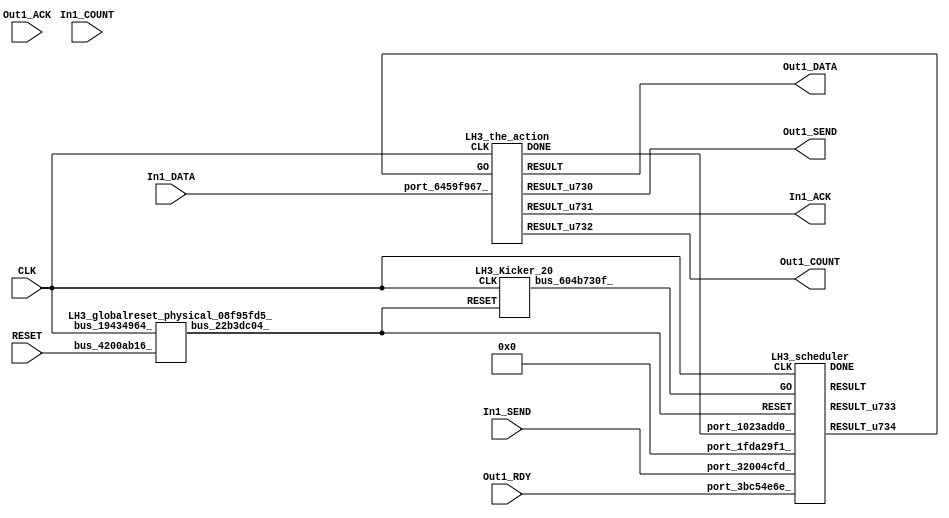
// __  ___ __ ___  _ __   ___  ___ 
// \ \/ / '__/ _ \| '_ \ / _ \/ __|
//  >  <| | | (_) | | | | (_) \__ \
// /_/\_\_|  \___/|_| |_|\___/|___/
// 
// Xronos synthesizer version
// Run date: Thu 2 Nov 2017 13:58:31 +0000
// 

module LH3(Out1_DATA, Out1_SEND, CLK, Out1_RDY, Out1_ACK, In1_DATA, Out1_COUNT, In1_SEND, In1_COUNT, RESET, In1_ACK);
output	[15:0]	Out1_DATA;
output		Out1_SEND;
input		CLK;
input		Out1_RDY;
wire		the_action_go;
wire		the_action_done;
input		Out1_ACK;
input	[15:0]	In1_DATA;
output	[15:0]	Out1_COUNT;
input		In1_SEND;
input	[15:0]	In1_COUNT;
input		RESET;
output		In1_ACK;
wire		bus_604b730f_;
wire		bus_22b3dc04_;
wire		bus_043ca347_;
wire	[31:0]	bus_6920afd4_;
wire		LH3_the_action_instance_DONE;
wire		the_action_u31;
wire		the_action_u30;
wire	[15:0]	the_action_u32;
wire	[15:0]	the_action;
wire		LH3_scheduler_instance_DONE;
wire	[31:0]	scheduler_u82;
wire		scheduler;
wire		scheduler_u83;
assign Out1_DATA=the_action;
assign Out1_SEND=the_action_u30;
assign the_action_go=scheduler_u83;
assign the_action_done=bus_043ca347_;
assign Out1_COUNT=the_action_u32;
assign In1_ACK=the_action_u31;
LH3_Kicker_20 LH3_Kicker_20_1(.CLK(CLK), .RESET(bus_22b3dc04_), .bus_604b730f_(bus_604b730f_));
LH3_globalreset_physical_08f95fd5_ LH3_globalreset_physical_08f95fd5__1(.bus_19434964_(CLK), 
  .bus_4200ab16_(RESET), .bus_22b3dc04_(bus_22b3dc04_));
assign bus_043ca347_=LH3_the_action_instance_DONE&{1{LH3_the_action_instance_DONE}};
LH3_stateVar_fsmState_LH3 LH3_stateVar_fsmState_LH3_1(.bus_6ff99a31_(CLK), .bus_56284ec0_(bus_22b3dc04_), 
  .bus_6b7dec5c_(scheduler), .bus_5cbcc290_(32'h0), .bus_6920afd4_(bus_6920afd4_));
LH3_the_action LH3_the_action_instance(.CLK(CLK), .GO(the_action_go), .port_6459f967_(In1_DATA), 
  .DONE(LH3_the_action_instance_DONE), .RESULT(the_action), .RESULT_u730(the_action_u30), 
  .RESULT_u731(the_action_u31), .RESULT_u732(the_action_u32));
LH3_scheduler LH3_scheduler_instance(.CLK(CLK), .RESET(bus_22b3dc04_), .GO(bus_604b730f_), 
  .port_1fda29f1_(32'h0), .port_32004cfd_(In1_SEND), .port_3bc54e6e_(Out1_RDY), 
  .port_1023add0_(the_action_done), .DONE(LH3_scheduler_instance_DONE), .RESULT(scheduler), 
  .RESULT_u733(scheduler_u82), .RESULT_u734(scheduler_u83));
endmodule



module LH3_Kicker_20(CLK, RESET, bus_604b730f_);
input		CLK;
input		RESET;
output		bus_604b730f_;
reg		kicker_1=1'h0;
reg		kicker_2=1'h0;
wire		bus_5afc5b9d_;
wire		bus_3a8ea8d4_;
wire		bus_441babf1_;
reg		kicker_res=1'h0;
wire		bus_143f5d1f_;
always @(posedge CLK)
begin
kicker_1<=bus_5afc5b9d_;
end
always @(posedge CLK)
begin
kicker_2<=bus_441babf1_;
end
assign bus_5afc5b9d_=~RESET;
assign bus_3a8ea8d4_=kicker_1&bus_5afc5b9d_&bus_143f5d1f_;
assign bus_441babf1_=bus_5afc5b9d_&kicker_1;
always @(posedge CLK)
begin
kicker_res<=bus_3a8ea8d4_;
end
assign bus_604b730f_=kicker_res;
assign bus_143f5d1f_=~kicker_2;
endmodule



module LH3_globalreset_physical_08f95fd5_(bus_19434964_, bus_4200ab16_, bus_22b3dc04_);
input		bus_19434964_;
input		bus_4200ab16_;
output		bus_22b3dc04_;
wire		not_164086a1_u0;
wire		or_37aaebde_u0;
reg		sample_u16=1'h0;
reg		cross_u16=1'h0;
reg		glitch_u16=1'h0;
wire		and_242516a9_u0;
reg		final_u16=1'h1;
assign not_164086a1_u0=~and_242516a9_u0;
assign or_37aaebde_u0=bus_4200ab16_|final_u16;
assign bus_22b3dc04_=or_37aaebde_u0;
always @(posedge bus_19434964_)
begin
sample_u16<=1'h1;
end
always @(posedge bus_19434964_)
begin
cross_u16<=sample_u16;
end
always @(posedge bus_19434964_)
begin
glitch_u16<=cross_u16;
end
assign and_242516a9_u0=cross_u16&glitch_u16;
always @(posedge bus_19434964_)
begin
final_u16<=not_164086a1_u0;
end
endmodule



module LH3_endianswapper_510e6918_(endianswapper_510e6918_in, endianswapper_510e6918_out);
input	[31:0]	endianswapper_510e6918_in;
output	[31:0]	endianswapper_510e6918_out;
assign endianswapper_510e6918_out=32'h0;
endmodule



module LH3_endianswapper_5f879e6b_(endianswapper_5f879e6b_in, endianswapper_5f879e6b_out);
input	[31:0]	endianswapper_5f879e6b_in;
output	[31:0]	endianswapper_5f879e6b_out;
assign endianswapper_5f879e6b_out=32'h0;
endmodule



module LH3_stateVar_fsmState_LH3(bus_6ff99a31_, bus_56284ec0_, bus_6b7dec5c_, bus_5cbcc290_, bus_6920afd4_);
input		bus_6ff99a31_;
input		bus_56284ec0_;
input		bus_6b7dec5c_;
input	[31:0]	bus_5cbcc290_;
output	[31:0]	bus_6920afd4_;
wire	[31:0]	endianswapper_510e6918_out;
wire	[31:0]	endianswapper_5f879e6b_out;
assign bus_6920afd4_=32'h0;
LH3_endianswapper_510e6918_ LH3_endianswapper_510e6918__1(.endianswapper_510e6918_in(32'h0), 
  .endianswapper_510e6918_out(endianswapper_510e6918_out));
LH3_endianswapper_5f879e6b_ LH3_endianswapper_5f879e6b__1(.endianswapper_5f879e6b_in(32'h0), 
  .endianswapper_5f879e6b_out(endianswapper_5f879e6b_out));
endmodule



module LH3_the_action(CLK, GO, port_6459f967_, RESULT, RESULT_u730, RESULT_u731, RESULT_u732, DONE);
input		CLK;
input		GO;
input	[15:0]	port_6459f967_;
output	[15:0]	RESULT;
output		RESULT_u730;
output		RESULT_u731;
output	[15:0]	RESULT_u732;
output		DONE;
wire		simplePinWrite;
wire	[15:0]	simplePinWrite_u206;
wire	[15:0]	simplePinWrite_u207;
wire		simplePinWrite_u208;
assign simplePinWrite=GO&{1{GO}};
assign simplePinWrite_u206=16'h1&{16{1'h1}};
assign simplePinWrite_u207=port_6459f967_;
assign simplePinWrite_u208=GO&{1{GO}};
assign RESULT=simplePinWrite_u207;
assign RESULT_u730=simplePinWrite_u208;
assign RESULT_u731=simplePinWrite;
assign RESULT_u732=simplePinWrite_u206;
assign DONE=GO;
endmodule



module LH3_scheduler(CLK, RESET, GO, port_1fda29f1_, port_32004cfd_, port_3bc54e6e_, port_1023add0_, RESULT, RESULT_u733, RESULT_u734, DONE);
input		CLK;
input		RESET;
input		GO;
input	[31:0]	port_1fda29f1_;
input		port_32004cfd_;
input		port_3bc54e6e_;
input		port_1023add0_;
output		RESULT;
output	[31:0]	RESULT_u733;
output		RESULT_u734;
output		DONE;
wire signed	[31:0]	equals_b_signed;
wire		equals;
wire signed	[31:0]	equals_a_signed;
wire		and_u1290_u0;
wire		not_u246_u0;
wire		and_u1291_u0;
wire		and_u1292_u0;
wire		and_u1293_u0;
wire		not_u247_u0;
wire		not_u248_u0;
wire		and_u1294_u0;
wire		and_u1295_u0;
wire		simplePinWrite;
wire		and_u1296_u0;
wire		and_u1297_u0;
wire		and_u1298_u0;
reg		reg_2396ea81_u0=1'h0;
wire		and_u1299_u0;
wire		or_u340_u0;
reg		reg_7849942c_u0=1'h0;
reg		reg_7849942c_result_delayed_u0=1'h0;
wire		or_u341_u0;
assign equals_a_signed=32'h0;
assign equals_b_signed=32'h0;
assign equals=equals_a_signed==equals_b_signed;
assign and_u1290_u0=and_u1299_u0&equals;
assign not_u246_u0=~equals;
assign and_u1291_u0=and_u1299_u0&not_u246_u0;
assign and_u1292_u0=and_u1298_u0&port_32004cfd_;
assign and_u1293_u0=and_u1298_u0&not_u247_u0;
assign not_u247_u0=~port_32004cfd_;
assign not_u248_u0=~port_3bc54e6e_;
assign and_u1294_u0=and_u1297_u0&port_3bc54e6e_;
assign and_u1295_u0=and_u1297_u0&not_u248_u0;
assign simplePinWrite=and_u1296_u0&{1{and_u1296_u0}};
assign and_u1296_u0=and_u1294_u0&and_u1297_u0;
assign and_u1297_u0=and_u1292_u0&and_u1298_u0;
assign and_u1298_u0=and_u1290_u0&and_u1299_u0;
always @(posedge CLK or posedge RESET)
begin
if (RESET)
reg_2396ea81_u0<=1'h0;
else reg_2396ea81_u0<=and_u1299_u0;
end
assign and_u1299_u0=or_u340_u0&or_u340_u0;
assign or_u340_u0=reg_7849942c_result_delayed_u0|reg_2396ea81_u0;
always @(posedge CLK or posedge RESET)
begin
if (RESET)
reg_7849942c_u0<=1'h0;
else reg_7849942c_u0<=GO;
end
always @(posedge CLK or posedge RESET)
begin
if (RESET)
reg_7849942c_result_delayed_u0<=1'h0;
else reg_7849942c_result_delayed_u0<=reg_7849942c_u0;
end
assign or_u341_u0=GO|and_u1296_u0;
assign RESULT=or_u341_u0;
assign RESULT_u733=32'h0;
assign RESULT_u734=simplePinWrite;
assign DONE=1'h0;
endmodule